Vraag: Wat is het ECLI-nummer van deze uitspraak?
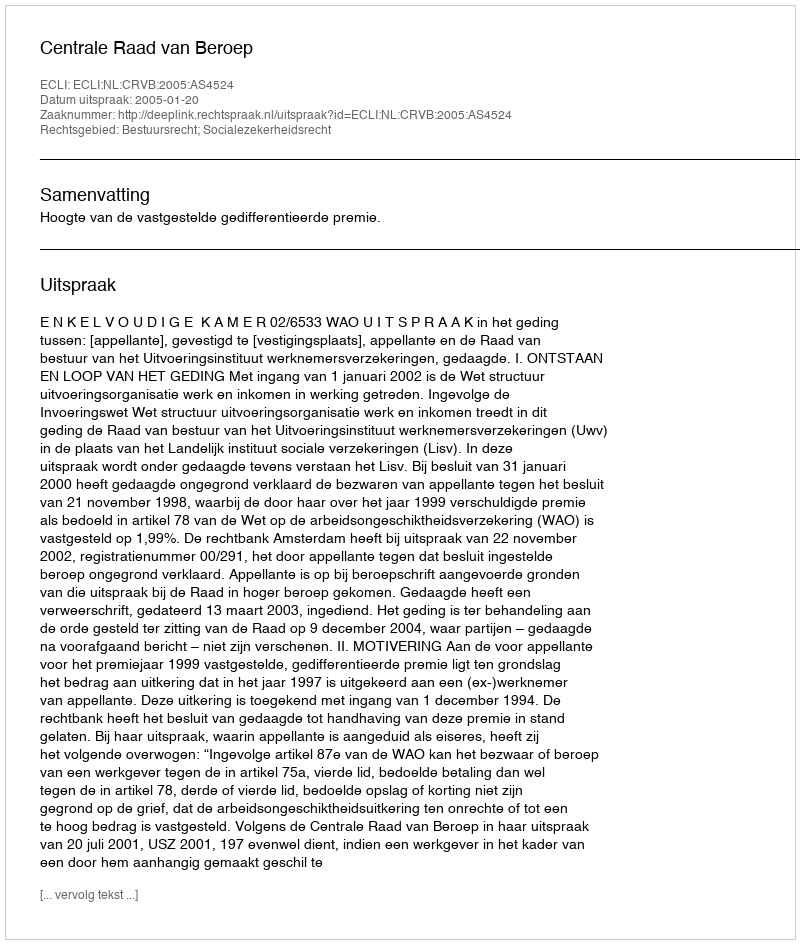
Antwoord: ECLI:NL:CRVB:2005:AS4524